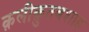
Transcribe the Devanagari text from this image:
क़लीक़ुतबशाह